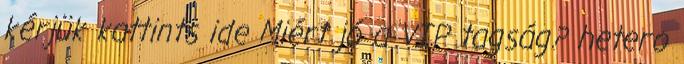
kérjük kattints ide Miért jó a VIP tagság? hetero